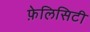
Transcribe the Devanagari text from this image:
फ़ेलिसिटी